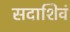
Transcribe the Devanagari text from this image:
सदाशिवं